Indian journal of veterinary science and animal husbandry - Volume 12,
Year: 1942
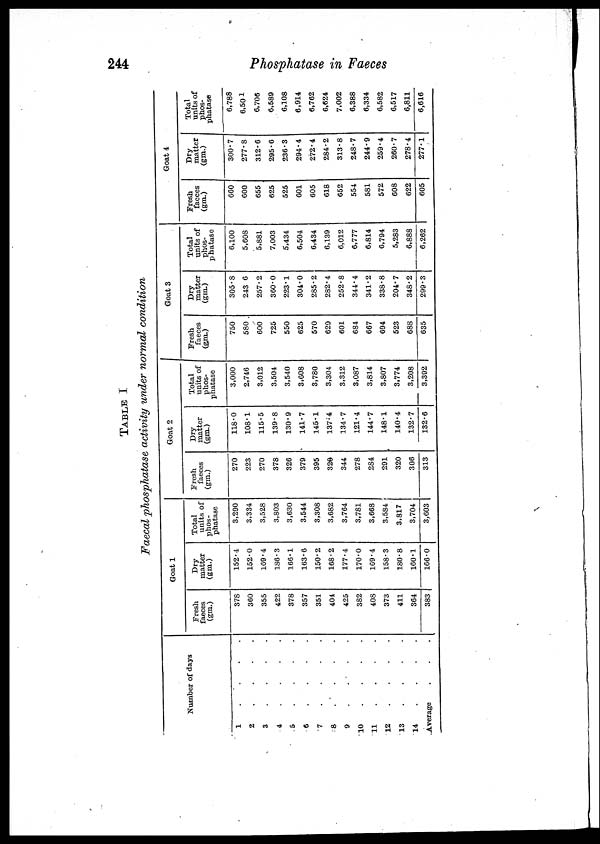
244
Phosphatase in Faeces
TABLE I
Faecal phosphatase activity under normal condition
Number of days
1 . . . .
2 . . . .
3 . . . .
4 . . . .
5 . . . .
6 . . . .
7 . . . .
8 . . . .
9 . . . .
10 . . . .
11 . . . .
12 . . . .
13 . . . .
14 . . . .
Average
.
.
.
Goat 1
Fresh
faeces
(gm.)
378
360
355
422
378
357
351
404
425
382
408
373
411
364
383
Dry
matter
(gm.)
152.4
152.0
169.4
186.3
166.1
163.6
150.2
168.2
177.4
170.0
169.4
158.3
180.8
160.1
166.0
Total
units of
phos-
phatase
3,290
3,334
3,528
3,803
3,630
3,544
3,308
3,682
3,764
3,781
3,668
3,584
3,817
3,704
3,603
Goat 2
Fresh
faeces
(gm.)
270
223
270
378
326
379
395
320
344
278
284
291
320
306
313
Dry
matter
(gm.)
118.0
108.1
115.5
139.8
130.9
141.7
145.1
137.4
134.7
121.4
144.7
148.1
140.4
132.7
132.6
Total
units of
phos-
phatase
3,000
2,746
3,012
3,504
3,540
3,608
3,780
3,304
3,312
3,087
3,814
3,807
3,774
3,208
3,392
Goat 3
Fresh
faeces
(gm.)
750
580
600
725
550
625
570
629
601
684
667
694
523
688
635
Dry
matter
(gm.)
305.8
243.6
257.2
360.0
223.1
304.0
285.2
282.4
252.8
344.4
341.2
338.8
204.7
348.2
299.3
Total
units of
phos¬
phatase
6,100
5,608
5,881
7,003
5,434
6,504
6,434
6,139
6,012
6,777
6,814
6,794
5,283
6,888
6,262
Goat 4
Fresh
faeces
(gm.)
660
600
655
625
525
601
605
618
652
554
581
572
608
622
605
Dry
matter
(gm.)
300.7
277.8
312.6
295.6
236.3
294.4
272.4
284.2
313.8
248.7
244.9
259.4
260.7
278.4
277.1
Total
units of
phos-
phatase
6,788
6,501
6,706
6,589
6,108
6,914
6,762
6,624
7,002
6,388
6,334
6,582
6,517
6,811
6,616